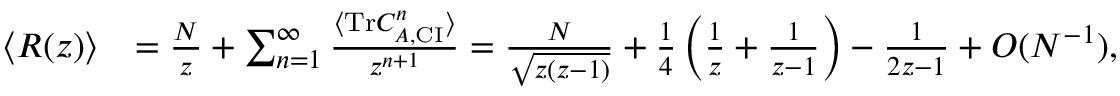
\begin{array} { r l } { \langle R ( z ) \rangle } & { = \frac { N } { z } + \sum _ { n = 1 } ^ { \infty } \frac { \langle \mathrm { T r } C _ { A , \mathrm { C I } } ^ { n } \rangle } { z ^ { n + 1 } } = \frac { N } { \sqrt { z ( z - 1 ) } } + \frac { 1 } { 4 } \left( \frac { 1 } { z } + \frac { 1 } { z - 1 } \right) - \frac { 1 } { 2 z - 1 } + O ( N ^ { - 1 } ) , } \end{array}